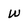
Character: w